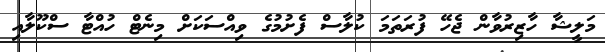
މަލީޝާ ހާޒިރުވާން ޖެހޭ ފުރަތަމަ ކުލާސް ފެށުމުގެ ވިއްސަކަށް މިނެޓް ހުއްޓާ ސްކޫލާއި